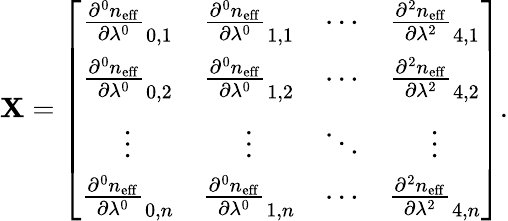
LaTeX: \textbf{X}=\left[{\begin{array}{cccc}{\frac{\partial^{0}n_{\mathrm{eff}}}{\partial\lambda^{0}}_{0,1}}&{\frac{\partial^{0}n_{\mathrm{eff}}}{\partial\lambda^{0}}_{1,1}}&{\cdots}&{\frac{\partial^{2}n_{\mathrm{eff}}}{\partial\lambda^{2}}_{4,1}}\\ {\frac{\partial^{0}n_{\mathrm{eff}}}{\partial\lambda^{0}}_{0,2}}&{\frac{\partial^{0}n_{\mathrm{eff}}}{\partial\lambda^{0}}_{1,2}}&{\cdots}&{\frac{\partial^{2}n_{\mathrm{eff}}}{\partial\lambda^{2}}_{4,2}}\\ {\vdots}&{\vdots}&{\ddots}&{\vdots}\\ {\frac{\partial^{0}n_{\mathrm{eff}}}{\partial\lambda^{0}}_{0,n}}&{\frac{\partial^{0}n_{\mathrm{eff}}}{\partial\lambda^{0}}_{1,n}}&{\cdots}&{\frac{\partial^{2}n_{\mathrm{eff}}}{\partial\lambda^{2}}_{4,n}}\end{array}}\right].